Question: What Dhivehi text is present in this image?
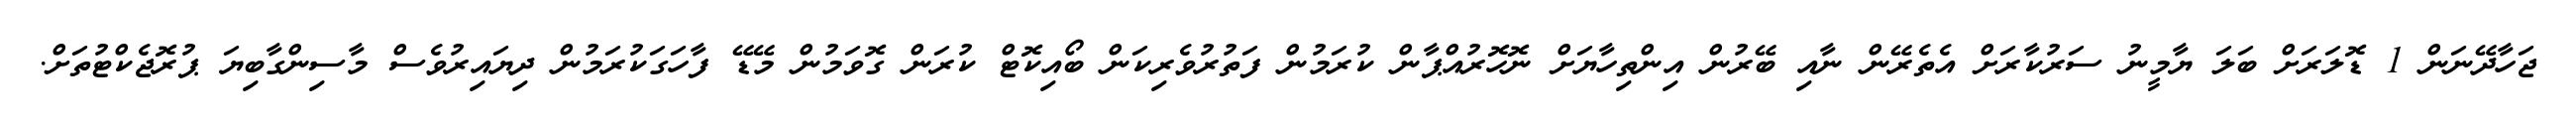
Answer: ޖަހާދޭނަން 1 ޑޮލަރަށް ބަލަ ޔާމީނު ސަރުކާރަށް އެތެރޭން ނާއި ބޭރުން އިންތިހާޔަށް ނޮހޮރުއްޕާން ކުރަމުން ފަތުރުވެރިކަން ބޯއިކޮޓް ކުރަން ގޮވަމުން މޭޑޭ ފާހަގަކުރަމުން ދިޔައިރުވެސް މާސިންގާބިޔަ ޕުރޮޖެކްޓުތަށް.